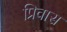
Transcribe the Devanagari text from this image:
प्रिवास